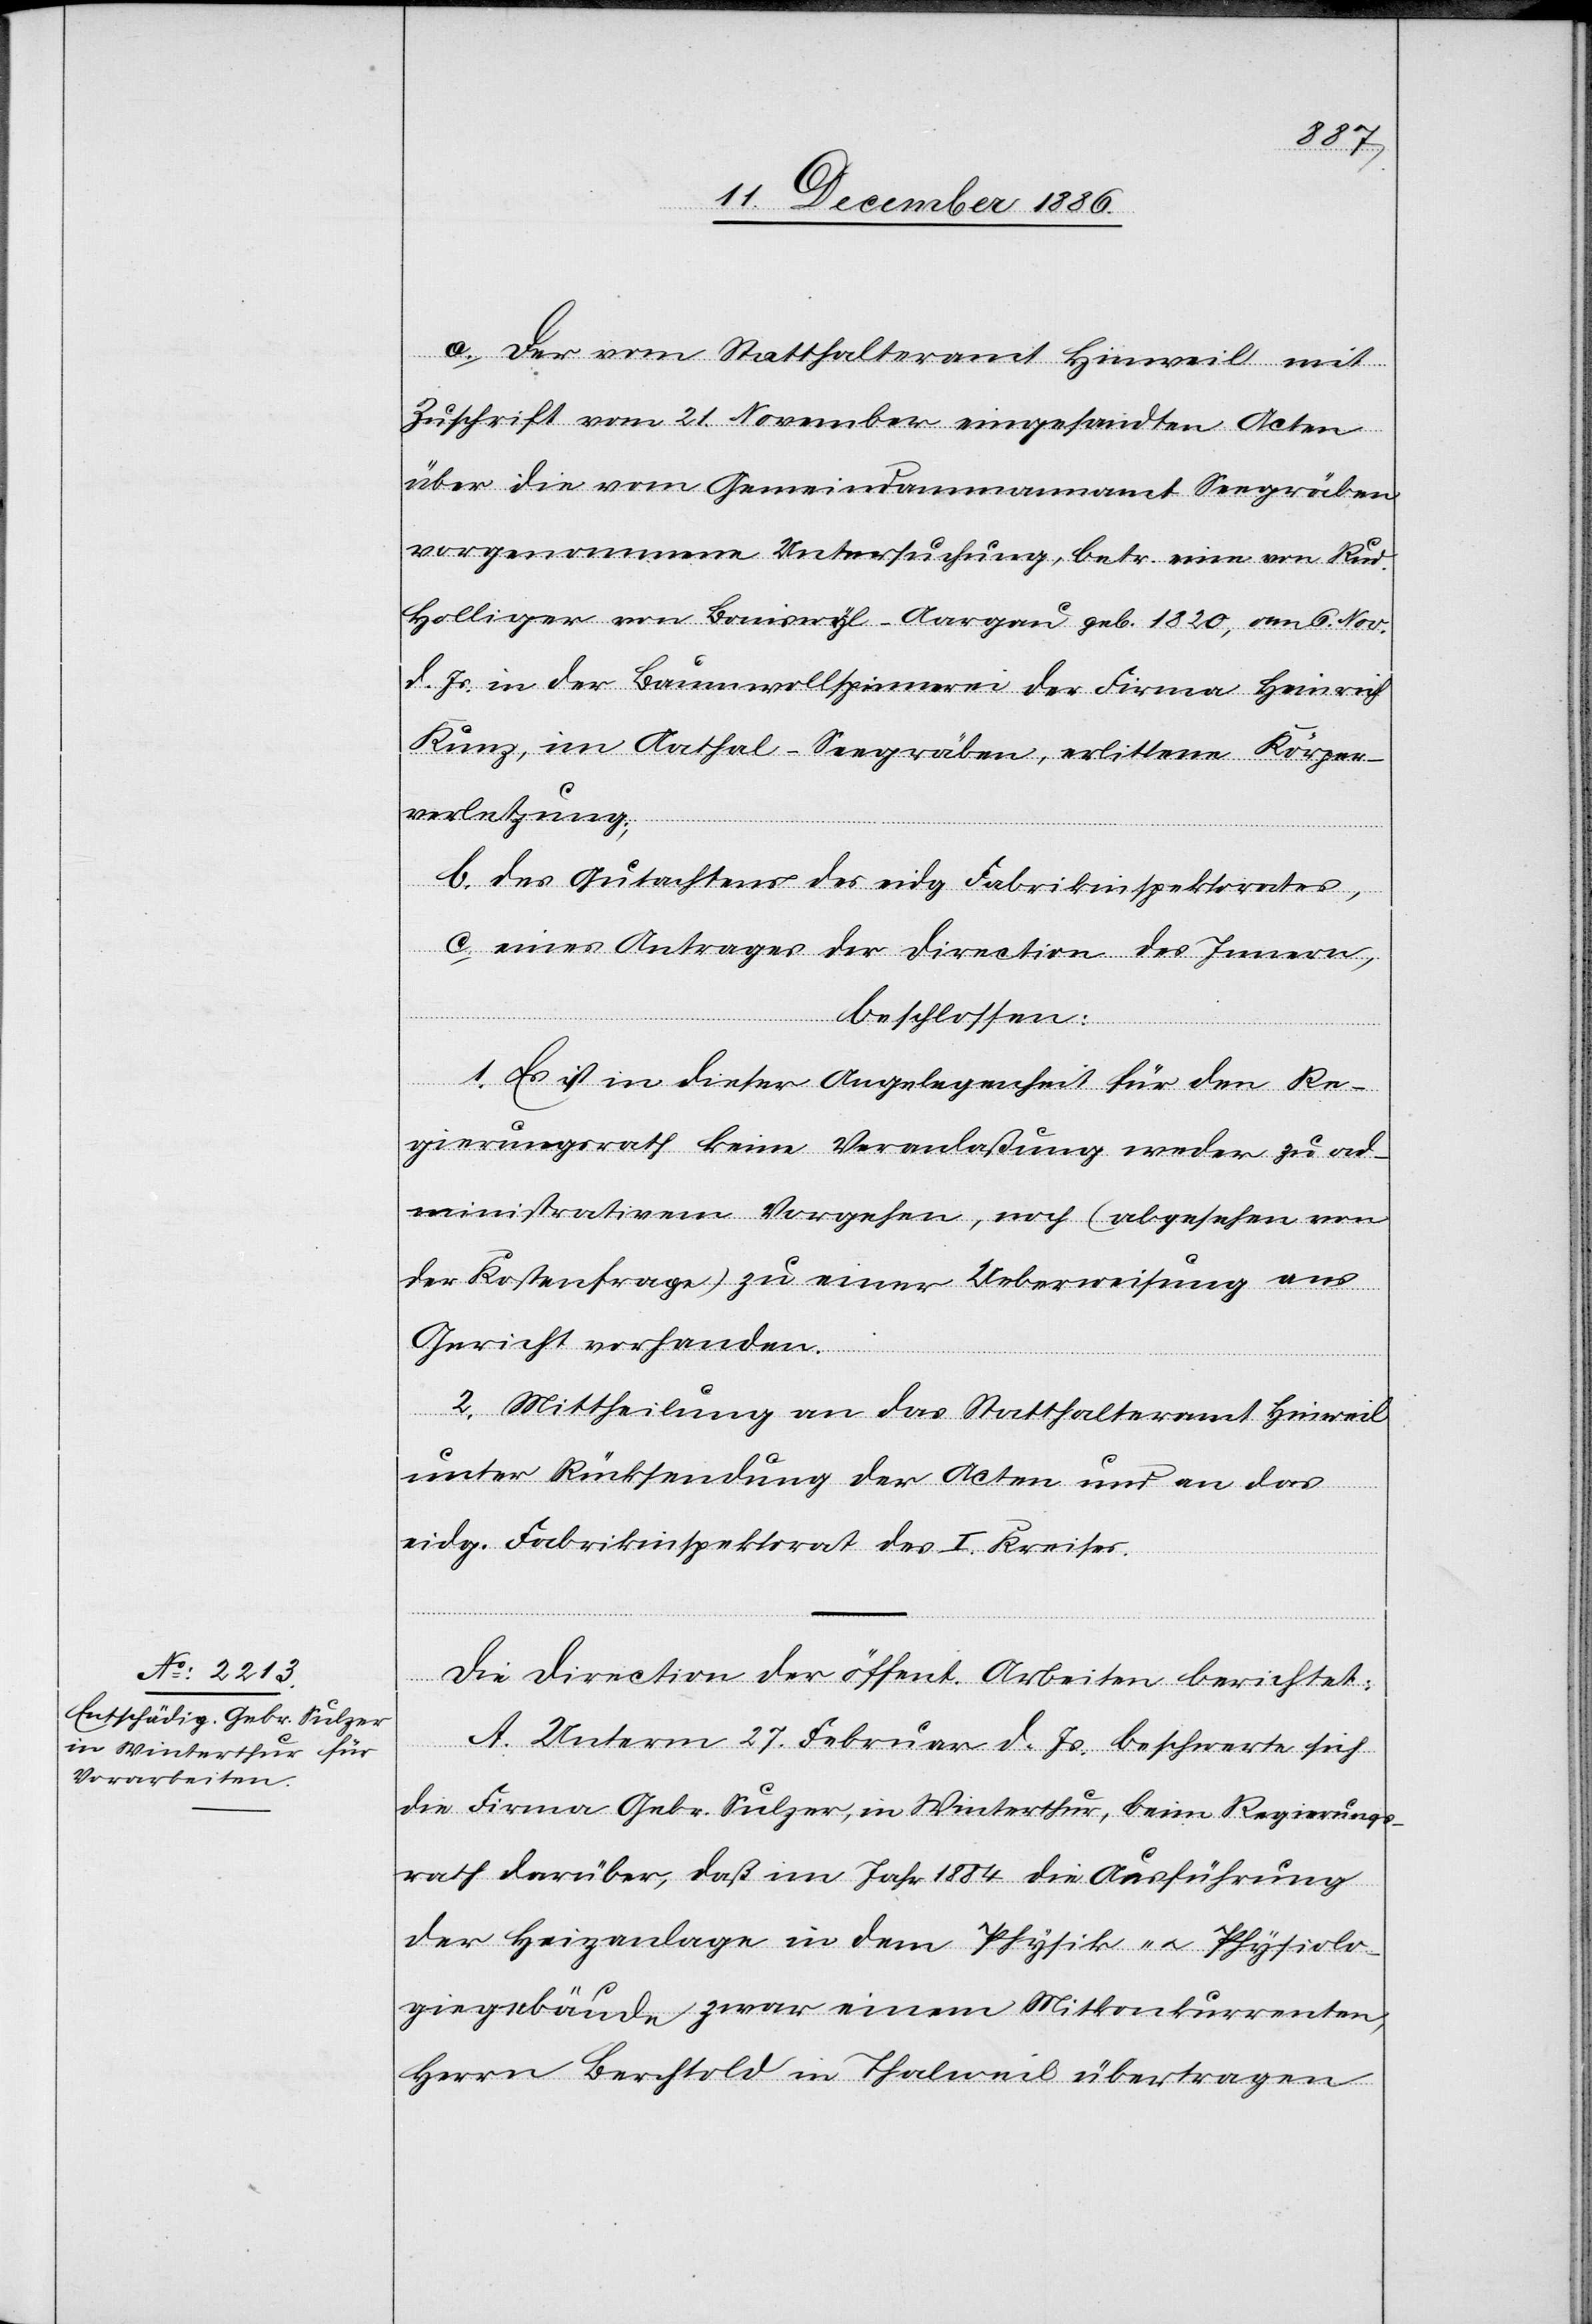
a. Der vom Statthalteramt Hinweil mit
Zuschrift vom 21. November eingesandten Acten
über die vom Gemeindammannamt Seegräben
vorgenommene Untersuchung, betr. eine von Rud.
Holliger von Boniswyl - Aargau geb. 1820, am 6. Nov.
d. Js. in der Baumwollspinnerei der Firma Heinrich
Kunz, im Aathal - Seegräben, erlittene Körper¬
verletzung;
b. des Gutachtens des eidg. Fabrikinspektorates,
c. eines Antrages der Direction des Innern,
beschlossen:
1. Es ist in dieser Angelegenheit für den Re¬
gierungsrath keine Veranlaßung weder zu ad¬
ministrativem Vorgehen, noch (abgesehen von
der Kostenfrage) zu einer Ueberweisung ans
Gericht vorhanden.
2. Mittheilung an das Statthalteramt Hinweil
unter Rücksendung der Acten und an das
eidg. Fabrikinspektorat des I. Kreises.
Die Direction der öffent. Arbeiten berichtet:
A. Unterm 27. Februar d. Js. beschwerte sich
die Firma Gebr. Sulzer, in Winterthur, beim Regierungs¬
rath darüber, daß im Jahr 1884 die Ausführung
der Heizanlage in dem Physik- & Physiolo¬
giegebäude zwar einem Mitkonkurrenten,
Herrn Berchtold in Thalweil übertragen